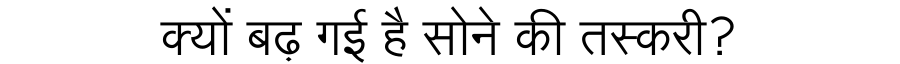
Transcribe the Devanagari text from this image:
क्यों बढ़ गई है सोने की तस्करी?